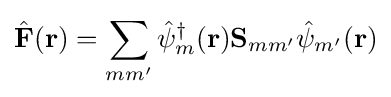
{\hat {\bf {F}}}({\bf {r}})=\sum _{mm'}{\hat {\psi }}_{m}^{\dagger }({\bf {r}}){\bf {S}}_{mm'}{\hat {\psi }}_{m'}({\bf {r}})